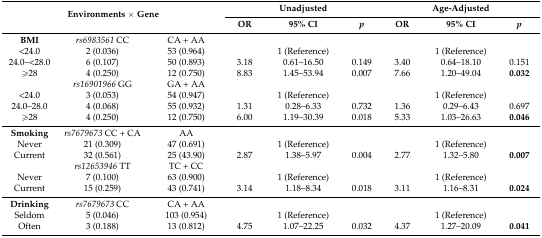
<table><thead><tr><td rowspan="2" colspan="3"><b>Environments × Gene</b></td><td colspan="3"><b>Unadjusted</b></td><td colspan="3"><b>Age-Adjusted</b></td></tr><tr><td><b>OR</b></td><td><b>95% CI</b></td><td><b><i>p</i></b></td><td><b>OR</b></td><td><b>95% CI</b></td><td><b><i>p</i></b></td></tr></thead><tbody><tr><td><b>BMI</b></td><td><i>rs6983561</i> CC</td><td>CA + AA</td><td></td><td></td><td></td><td></td><td></td><td></td></tr><tr><td>&lt;24.0</td><td>2 (0.036)</td><td>53 (0.964)</td><td colspan="3">1 (Reference)</td><td colspan="3">1 (Reference)</td></tr><tr><td>24.0–&lt;28.0</td><td>6 (0.107)</td><td>50 (0.893)</td><td>3.18</td><td>0.61–16.50</td><td>0.149</td><td>3.40</td><td>0.64–18.10</td><td>0.151</td></tr><tr><td>≥28</td><td>4 (0.250)</td><td>12 (0.750)</td><td>8.83</td><td>1.45–53.94</td><td>0.007</td><td>7.66</td><td>1.20–49.04</td><td><b>0.032</b></td></tr><tr><td></td><td><i>rs16901966</i> GG</td><td>GA + AA</td><td></td><td></td><td></td><td></td><td></td><td></td></tr><tr><td>&lt;24.0</td><td>3 (0.053)</td><td>54 (0.947)</td><td colspan="3">1 (Reference)</td><td colspan="3">1 (Reference)</td></tr><tr><td>24.0–28.0</td><td>4 (0.068)</td><td>55 (0.932)</td><td>1.31</td><td>0.28–6.33</td><td>0.732</td><td>1.36</td><td>0.29–6.43</td><td>0.697</td></tr><tr><td>≥28</td><td>4 (0.250)</td><td>12 (0.750)</td><td>6.00</td><td>1.19–30.39</td><td>0.018</td><td>5.33</td><td>1.03–26.63</td><td><b>0.046</b></td></tr><tr><td><b>Smoking</b></td><td><i>rs7679673</i> CC + CA</td><td>AA</td><td></td><td></td><td></td><td></td><td></td><td></td></tr><tr><td>Never</td><td>21 (0.309)</td><td>47 (0.691)</td><td colspan="3">1 (Reference)</td><td colspan="3">1 (Reference)</td></tr><tr><td>Current</td><td>32 (0.561)</td><td>25 (43.90)</td><td>2.87</td><td>1.38–5.97</td><td>0.004</td><td>2.77</td><td>1.32–5.80</td><td><b>0.007</b></td></tr><tr><td></td><td><i>rs12653946</i> TT</td><td>TC + CC</td><td></td><td></td><td></td><td></td><td></td><td></td></tr><tr><td>Never</td><td>7 (0.100)</td><td>63 (0.900)</td><td colspan="3">1 (Reference)</td><td colspan="3">1 (Reference)</td></tr><tr><td>Current</td><td>15 (0.259)</td><td>43 (0.741)</td><td>3.14</td><td>1.18–8.34</td><td>0.018</td><td>3.11</td><td>1.16–8.31</td><td><b>0.024</b></td></tr><tr><td><b>Drinking</b></td><td><i>rs7679673</i> CC</td><td>CA + AA</td><td></td><td></td><td></td><td></td><td></td><td></td></tr><tr><td>Seldom</td><td>5 (0.046)</td><td>103 (0.954)</td><td colspan="3">1 (Reference)</td><td colspan="3">1 (Reference)</td></tr><tr><td>Often</td><td>3 (0.188)</td><td>13 (0.812)</td><td>4.75</td><td>1.07–22.25</td><td>0.032</td><td>4.37</td><td>1.27–20.09</td><td><b>0.041</b></td></tr></tbody></table>